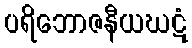
ပရိဘောဇနီယဃဋံ